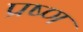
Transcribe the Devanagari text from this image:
प्रष्ण